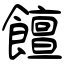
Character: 饘